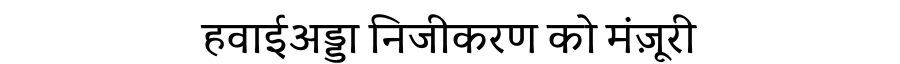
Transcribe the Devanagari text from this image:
हवाईअड्डा निजीकरण को मंज़ूरी